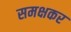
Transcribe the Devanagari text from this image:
समक्षकर